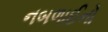
નબળાઈનો